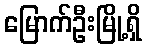
မြောက်ဦးမြို့ရှိ